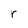
Character: r